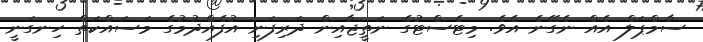
ސާމްޕަލް އެއް ނެގޭނެ އެވެ. މިޓެސްޓުގެ ނަތީޖާއިން ދަރިފަނި އުފެއްދުމުގެ މަސައްކަތް ހިނގަނީ